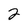
Character: 2